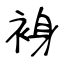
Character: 裑